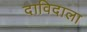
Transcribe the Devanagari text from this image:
दाविदाला